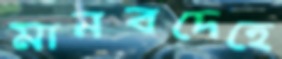
মানবদেহে